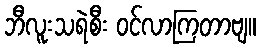
ဘီလူးသရဲစီး ဝင်လာကြတာဗျ။